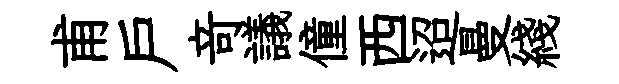
甫戶竒議僮西迢曼綫